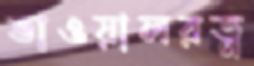
ভাওয়ালরত্ন